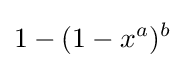
1-(1-x^{a})^{b}